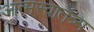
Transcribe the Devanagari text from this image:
आत्मस्वातंत्र्य